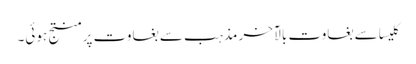
کلیسا سے بغاوت بالآخر مذہب سے بغاوت پر منتج ہوئی۔